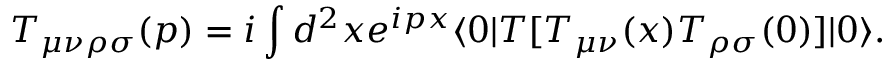
T _ { \mu \nu \rho \sigma } ( p ) = i \int d ^ { 2 } x e ^ { i p x } \langle 0 \vert T \lbrack T _ { \mu \nu } ( x ) T _ { \rho \sigma } ( 0 ) \rbrack \vert 0 \rangle .